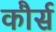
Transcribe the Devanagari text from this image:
कौर्स